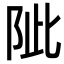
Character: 𨹀